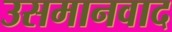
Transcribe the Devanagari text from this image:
उसमानवाद